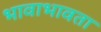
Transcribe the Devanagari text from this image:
भावाभावता